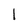
Character: l